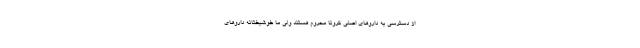
از دسترسی به داروهای اصلی کرونا محروم هستند ولی ما خوشبختانه داروهای